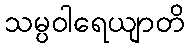
သမ္ပဝါရေယျာတိ